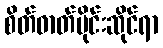
စိတ်ဓာတ်ပိုင်းဆိုင်ရာ